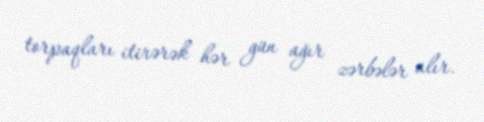
torpaqları itirərək hər gün ağır zərbələr alır.